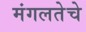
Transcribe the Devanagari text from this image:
मंगलतेचे